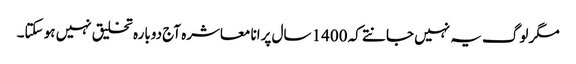
مگر لوگ یہ نہیں جانتے کہ 1400 سال پرانا معاشرہ آج دوبارہ تخلیق نہیں ہو سکتا۔